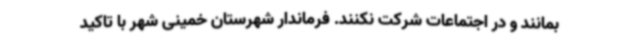
بمانند و در اجتماعات شرکت نکنند. فرماندار شهرستان خمینی شهر با تاکید